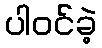
ပါဝင်ခဲ့